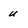
Character: u